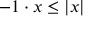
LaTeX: - 1 \cdot x \leq | x |